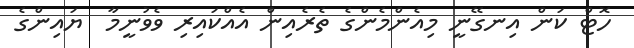
ހޮޓް ކަން އިނގޭނީ މިއެންމެންގެ ތެރެއިން އެއްކައިރި ވެވުނީމާ  ޔައިންގެ